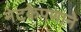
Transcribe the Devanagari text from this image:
नेटकेपणाने